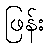
ဖြန်း